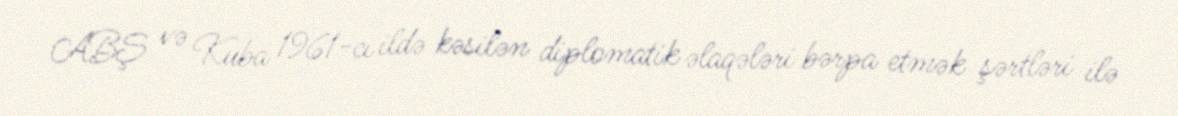
ABŞ və Kuba 1961-cı ildə kəsilən diplomatik əlaqələri bərpa etmək şərtləri ilə